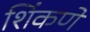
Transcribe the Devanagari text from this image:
शिंकणे